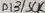
Text: D13/SCK